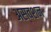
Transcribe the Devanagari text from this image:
अस्वशन